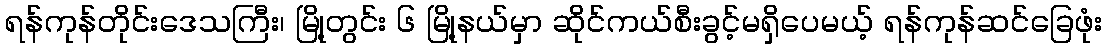
ရန်ကုန်တိုင်းဒေသကြီး၊ မြို့တွင်း ၆ မြို့နယ်မှာ ဆိုင်ကယ်စီးခွင့်မရှိပေမယ့် ရန်ကုန်ဆင်ခြေဖုံး